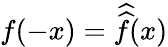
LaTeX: f(-x)={\widehat{\widehat{f}}}(x)